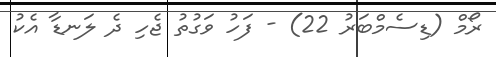
ރޯމް (ޑިސެމްބަރު 22) - ފަހު ވަގުތު ޖެހި ދެ ލަނޑާ އެކު